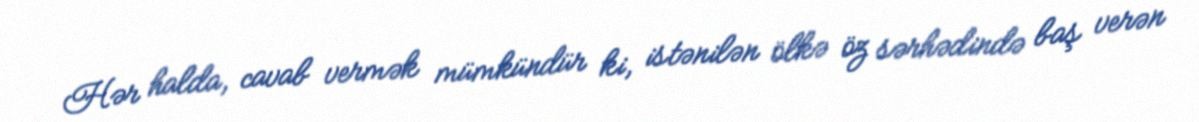
Hər halda, cavab vermək mümkündür ki, istənilən ölkə öz sərhədində baş verən